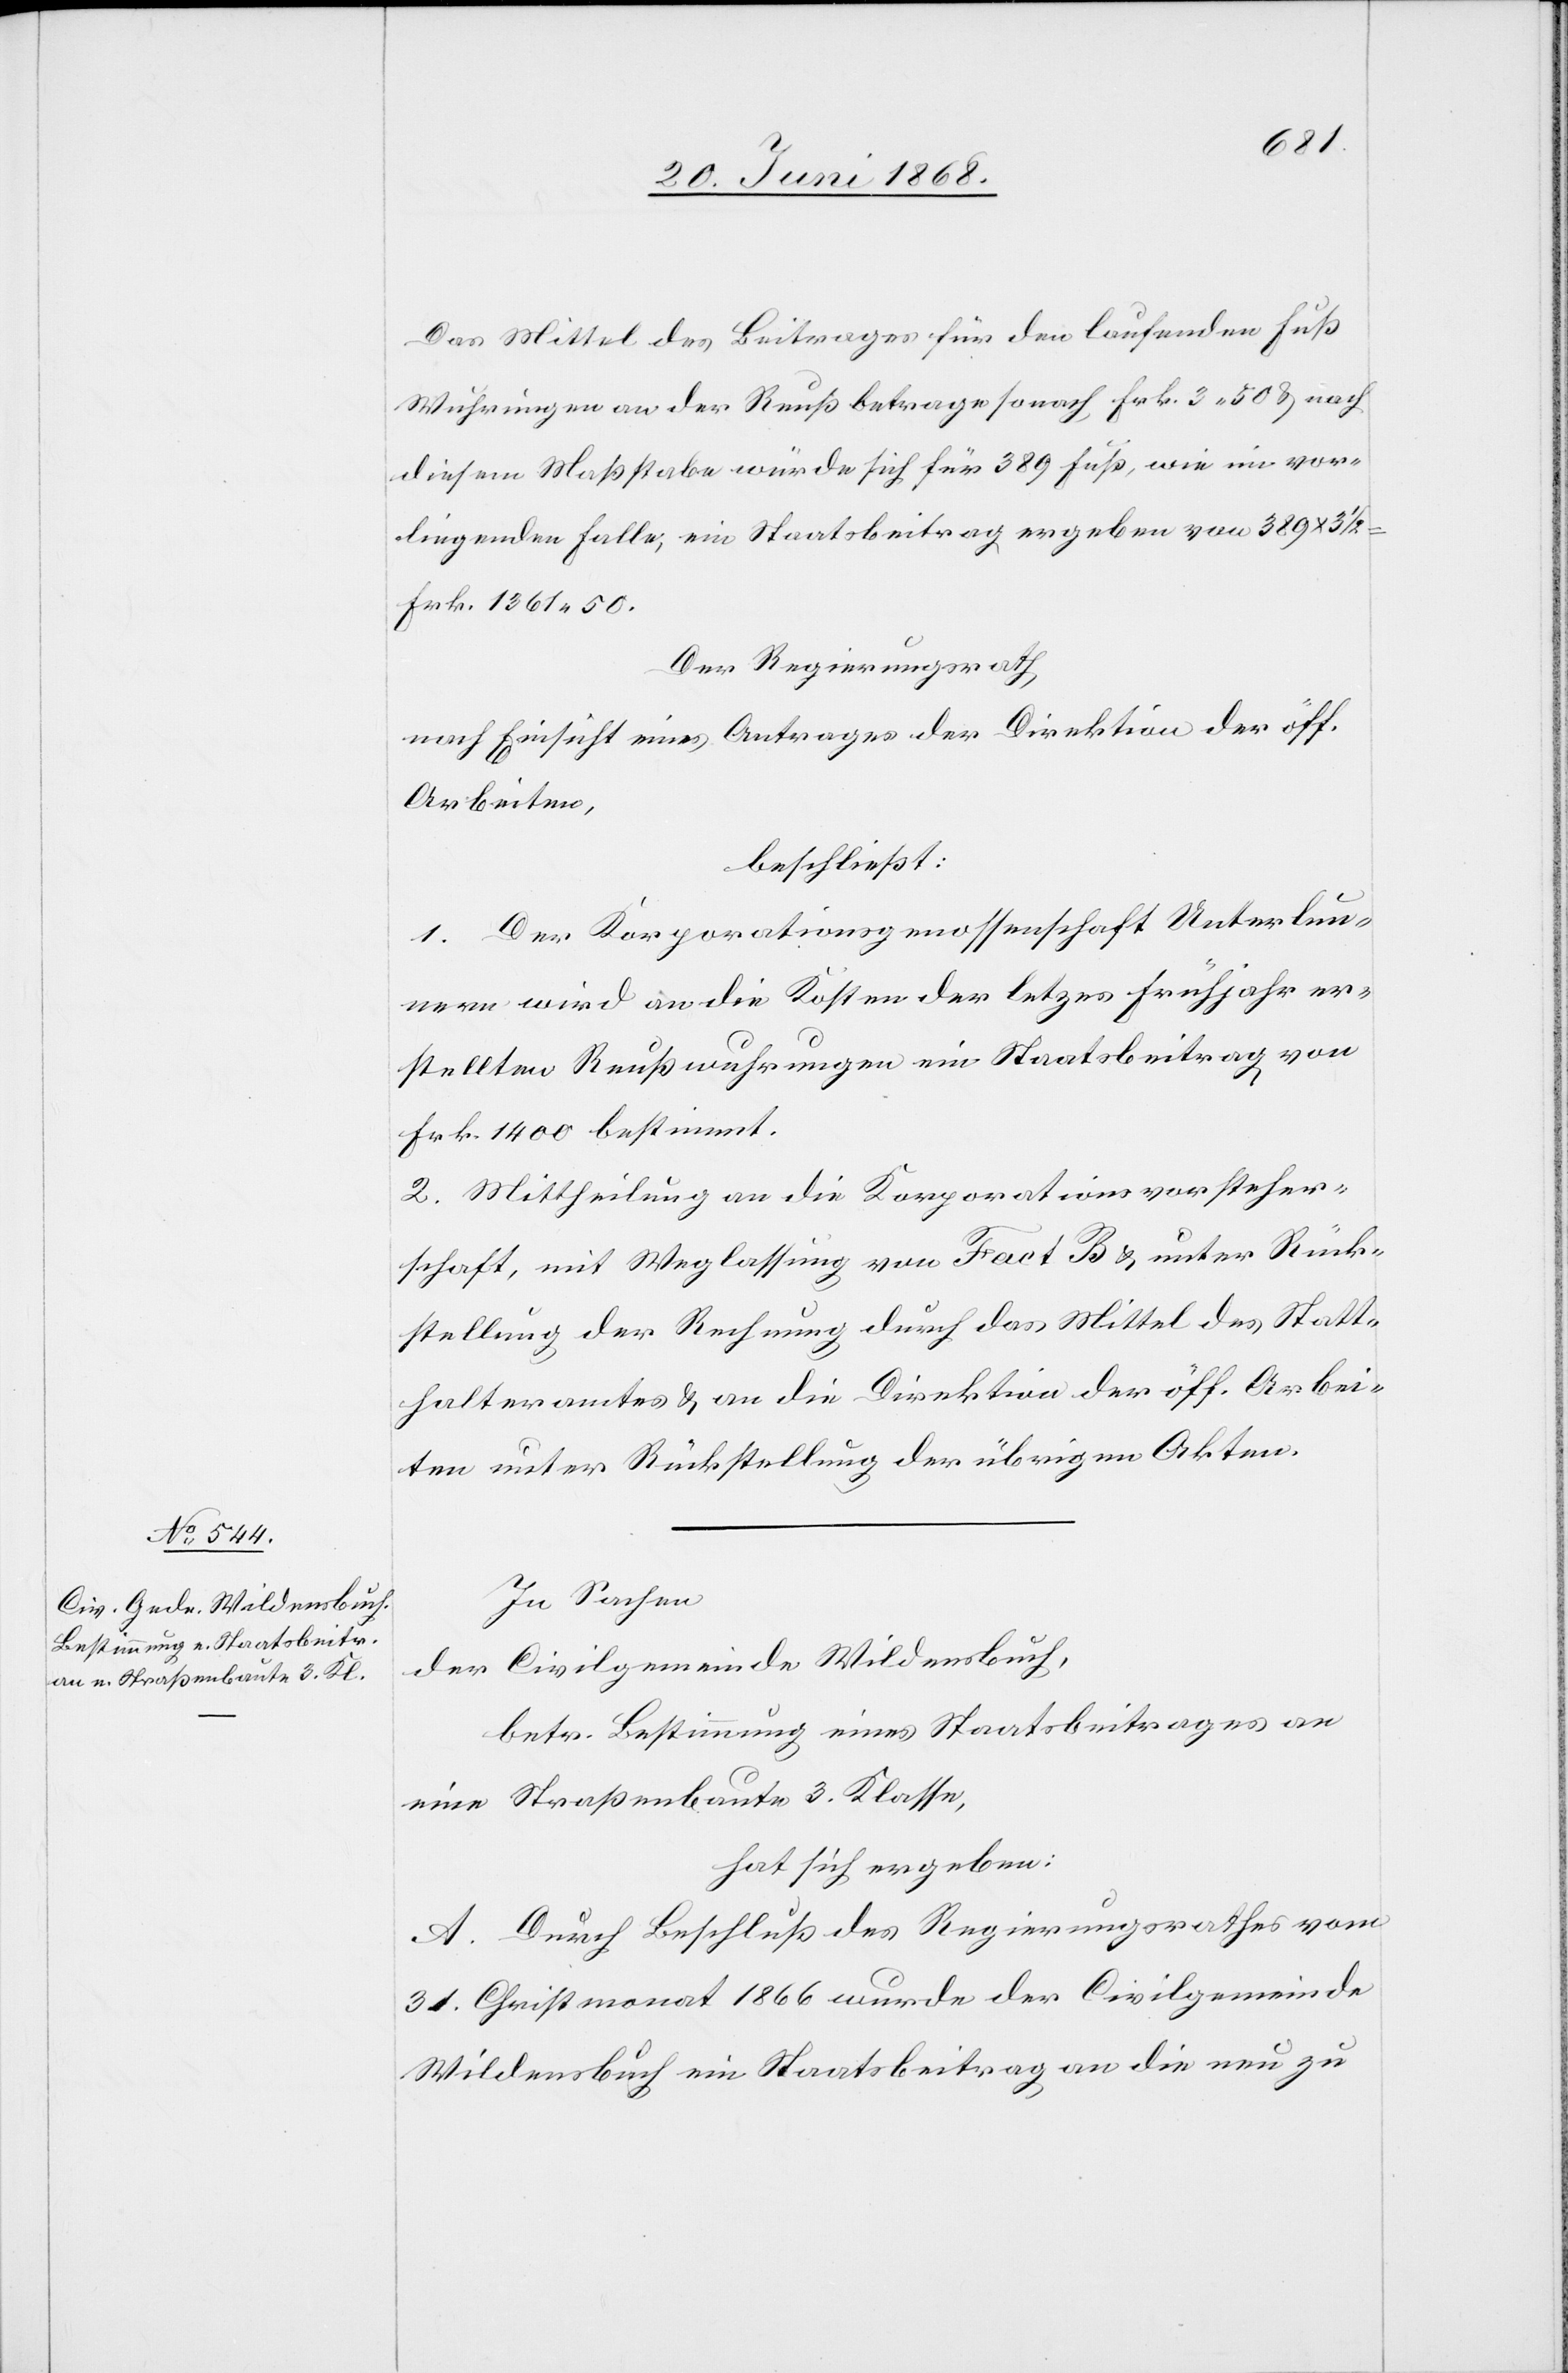
Das Mittel des Beitrages für den laufenden Fuß
Wuhrungen der Reuß betrage sonach Frk. 3. 50 & nach
diesem Maßstabe würde sich für 389 Fuß, wie im vor¬
liegenden Falle, ein Staatsbeitrag ergeben von 389 x 3
Frk. 1361. 50.
Der Regierungsrath
nach Einsicht eines Antrages der Direktion der öff.
Arbeiten,
beschließt:
1. Der Korporationsgenossenschaft Unterlun¬
nern wird an die Kosten der letz[t]es Frühjahr er¬
stellten Reußwuhrungen ein Staatsbeitrag von
Frk. 1400 bestimmt.
2. Mittheilung an die Korporationsvorsteher¬
schaft, mit Weglassung von Fact B & unter Rück¬
stellung der Rechnung durch das Mittel des Statt¬
halteramtes & an die Direktion der öff. Arbei¬
ten unter Rückstellung der übrigen Akten.
In Sachen
der Civilgemeinde Wildensbuch,
betr. Bestimmung eines Staatsbeitrages an
eine Straßenbaute 3. Klasse,
hat sich ergeben:
A. Durch Beschluß des Regierungsrathes vom
31. Christmonat 1866 wurde der Civilgemeinde
Wildensbuch ein Staatsbeitrag an die neu zu